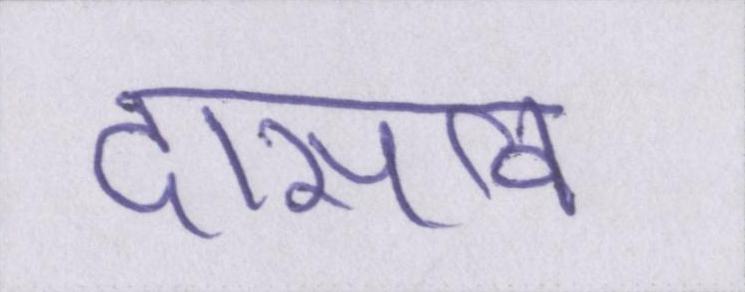
दासत्व